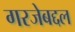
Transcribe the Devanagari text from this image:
गरजेबद्दल